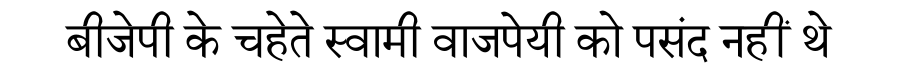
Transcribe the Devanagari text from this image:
बीजेपी के चहेते स्वामी वाजपेयी को पसंद नहीं थे